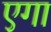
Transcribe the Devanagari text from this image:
एगा